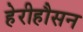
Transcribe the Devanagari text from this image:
हेरीहौसन